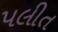
પલીત